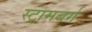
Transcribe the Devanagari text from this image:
स्ट्रामबर्ग